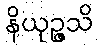
နိယုဉ္ဇသိ